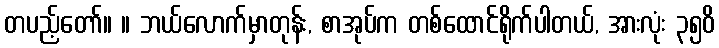
တပည့်တော်။ ။ ဘယ်လောက်မှာတုန်း, စာအုပ်က တစ်ထောင်ရိုက်ပါတယ်, အားလုံး ၃၅၀ိ